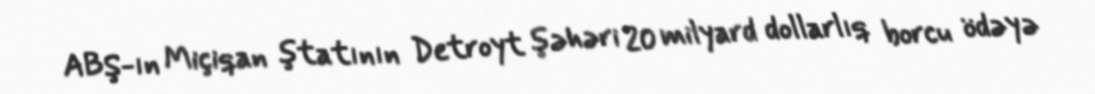
ABŞ-ın Miçiqan ştatının Detroyt şəhəri 20 milyard dollarlıq borcu ödəyə